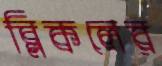
ব্লিকলের